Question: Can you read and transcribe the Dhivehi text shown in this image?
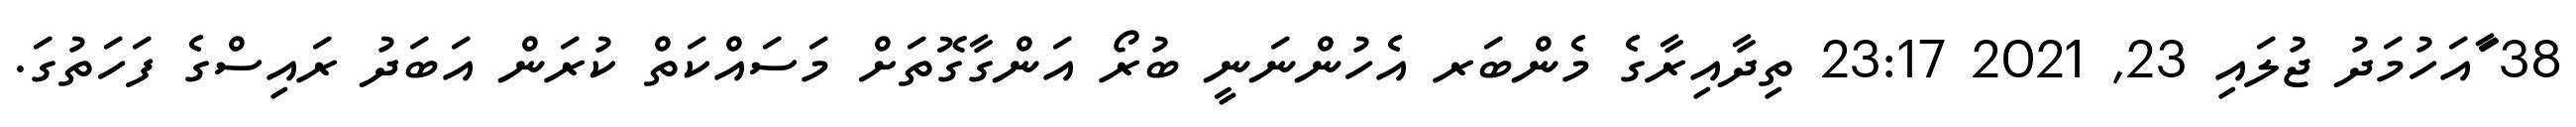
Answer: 38 ާައަހުމަދު ޖުލައި 23, 2021 23:17 ތިދާއިރާގެ މެންބަރ އެހުންނަނީ ބުރޯ އަންގާގޮތަށް މަސައްކަތް ކުރަން އަބަދު ރައިސްގެ ފަހަތުގަ.